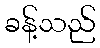
ခန့်သည်